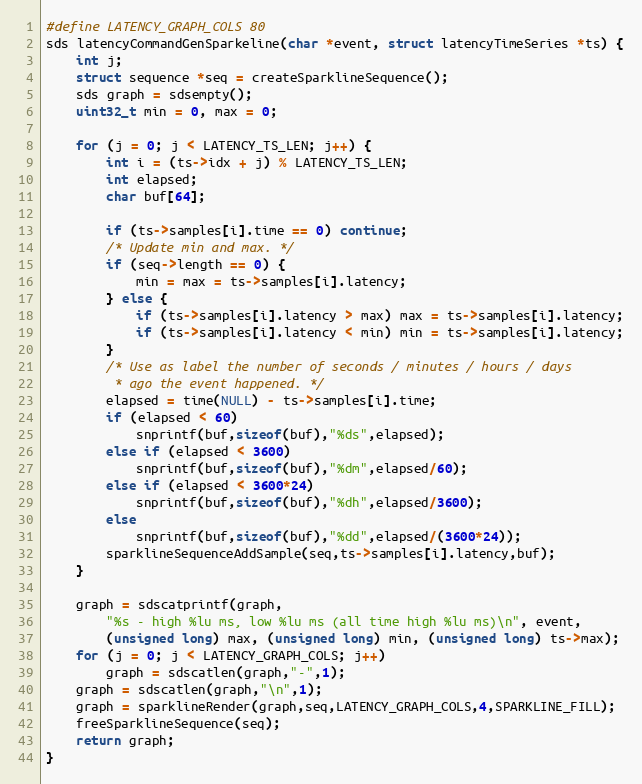
Language: C
#define LATENCY_GRAPH_COLS 80
sds latencyCommandGenSparkeline(char *event, struct latencyTimeSeries *ts) {
    int j;
    struct sequence *seq = createSparklineSequence();
    sds graph = sdsempty();
    uint32_t min = 0, max = 0;

    for (j = 0; j < LATENCY_TS_LEN; j++) {
        int i = (ts->idx + j) % LATENCY_TS_LEN;
        int elapsed;
        char buf[64];

        if (ts->samples[i].time == 0) continue;
        /* Update min and max. */
        if (seq->length == 0) {
            min = max = ts->samples[i].latency;
        } else {
            if (ts->samples[i].latency > max) max = ts->samples[i].latency;
            if (ts->samples[i].latency < min) min = ts->samples[i].latency;
        }
        /* Use as label the number of seconds / minutes / hours / days
         * ago the event happened. */
        elapsed = time(NULL) - ts->samples[i].time;
        if (elapsed < 60)
            snprintf(buf,sizeof(buf),"%ds",elapsed);
        else if (elapsed < 3600)
            snprintf(buf,sizeof(buf),"%dm",elapsed/60);
        else if (elapsed < 3600*24)
            snprintf(buf,sizeof(buf),"%dh",elapsed/3600);
        else
            snprintf(buf,sizeof(buf),"%dd",elapsed/(3600*24));
        sparklineSequenceAddSample(seq,ts->samples[i].latency,buf);
    }

    graph = sdscatprintf(graph,
        "%s - high %lu ms, low %lu ms (all time high %lu ms)\n", event,
        (unsigned long) max, (unsigned long) min, (unsigned long) ts->max);
    for (j = 0; j < LATENCY_GRAPH_COLS; j++)
        graph = sdscatlen(graph,"-",1);
    graph = sdscatlen(graph,"\n",1);
    graph = sparklineRender(graph,seq,LATENCY_GRAPH_COLS,4,SPARKLINE_FILL);
    freeSparklineSequence(seq);
    return graph;
}